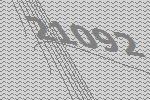
21092